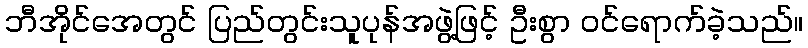
ဘီအိုင်အေတွင် ပြည်တွင်းသူပုန်အဖွဲ့ဖြင့် ဦးစွာ ဝင်ရောက်ခဲ့သည်။